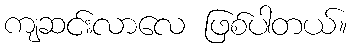
ကျဆင်းလာလေ ဖြစ်ပါတယ်။